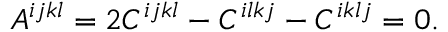
A ^ { i j k l } = 2 C ^ { i j k l } - C ^ { i l k j } - C ^ { i k l j } = 0 .